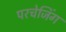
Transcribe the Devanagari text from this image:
परचेजिंग